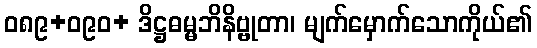
ဝ၈၉+ဝ၉၀+ ဒိဋ္ဌဓမ္မဘိနိဗ္ဗုတာ၊ မျက်မှောက်သောကိုယ်၏